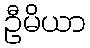
ဦမိယာ